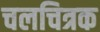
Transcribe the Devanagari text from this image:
चलचित्रक